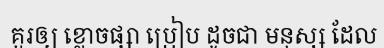
គួរឲ្យ ខ្លោចផ្សា ប្រៀប ដូចជា មនុស្ស ដែល